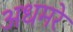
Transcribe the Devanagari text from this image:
अधमरे